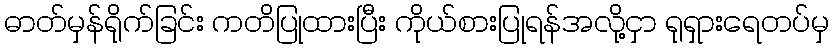
ဓာတ်မှန်ရိုက်ခြင်း ကတိပြုထားပြီး ကိုယ်စားပြုရန်အလို့ငှာ ရုရှားရေတပ်မှ